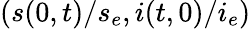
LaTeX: (s(0,t)/s_{e},i(t,0)/i_{e})